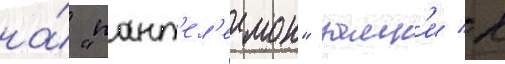
на́ "пант'ел'еимон" замк'и к